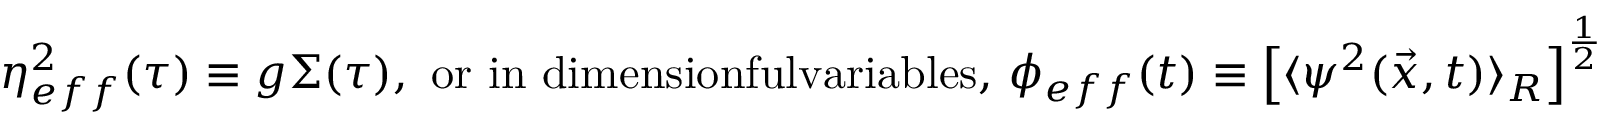
\eta _ { e f f } ^ { 2 } ( \tau ) \equiv g \Sigma ( \tau ) , \mathrm { ~ o r ~ i n ~ d i m e n s i o n f u l v a r i a b l e s , ~ } \phi _ { e f f } ( t ) \equiv \left[ \langle \psi ^ { 2 } ( \vec { x } , t ) \rangle _ { R } \right] ^ { \frac { 1 } { 2 } }